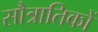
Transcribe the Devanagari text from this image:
सौत्रातिकों